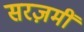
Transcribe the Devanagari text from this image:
सरज़मीं